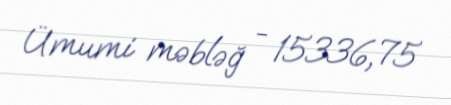
Ümumi məbləğ - 15336,75